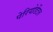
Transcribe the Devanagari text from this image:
पेरियोडेंटल